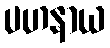
ပဟနာယ